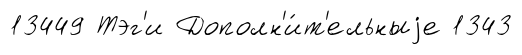
13449 Тэг'и Дополн'и́т'ельныjе 1343